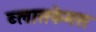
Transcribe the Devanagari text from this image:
ब्लासफेमस